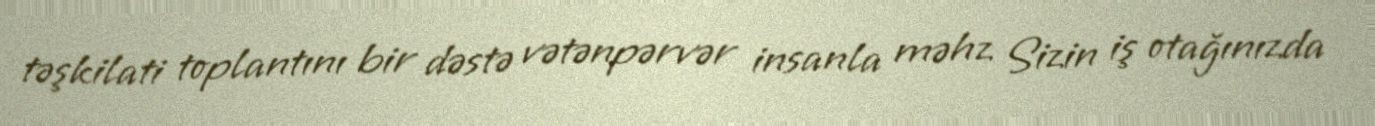
təşkilati toplantını bir dəstə vətənpərvər insanla məhz Sizin iş otağınızda